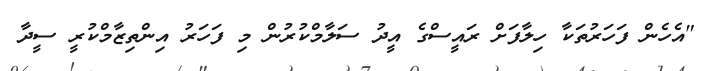
"އެހެން ފަހަރުތަކާ ހިލާފަށް ރައީސްގެ އީދު ސަލާމްކުރުން މި ފަހަރު އިންތިޒާމްކުރީ ސީދާ